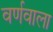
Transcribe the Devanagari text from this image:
वर्णवाला